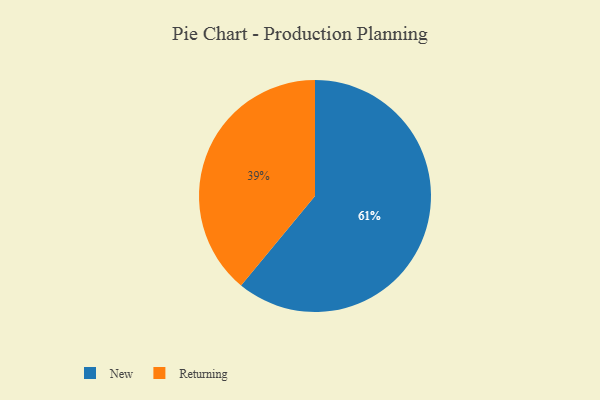
{"axis": {"x": "Category", "y": "Percentage"}, "legend": ["New", "Returning"], "data": [{"x": "Returning", "y": 39, "type": "Returning"}, {"x": "New", "y": 61, "type": "New"}]}